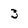
Character: 3